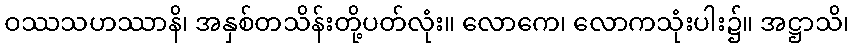
ဝဿသဟဿာနိ၊ အနှစ်တသိန်းတို့ပတ်လုံး။ လောကေ၊ လောကသုံးပါး၌။ အဋ္ဌာသိ၊